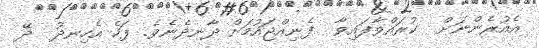
އެއުރެންނަށް  ކުރައްވާފައިވާ  ފެނިއްޖައުމަށް ދާނދެނެވެ. ފަހެ އެހިނދު  ދޭ